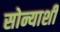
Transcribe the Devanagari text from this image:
सोन्याशी